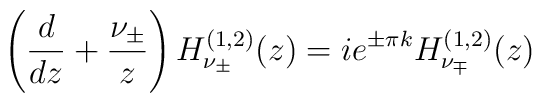
\left(\frac{d}{dz}+\frac{\nu_{\pm}}{z}\right)H^{(1,2)}_{\nu_{\pm}}(z) =  i e^{\pm \pi k} H^{(1,2)}_{\nu_{\mp}}(z)